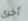
أخرى